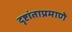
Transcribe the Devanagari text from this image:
दृष्टांताप्रमाणे